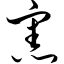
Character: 宪